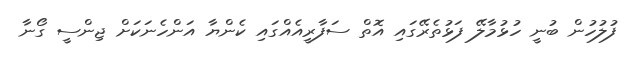
ފުލުހުން ބުނީ ހުޅުމާލޭ ފަޅުތެރޭގައި އޮތް ސަފާރީއެއްގައި ކެންޔާ އަންހެނަކަށް ޖިންސީ ގޯނާ